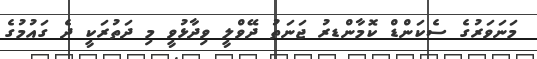
މަނަވަރުގެ ސެކަންޑް ކޮމާންޑރު ޖަނަތު ދޭވްލީ ވިދާޅުވީ މި ދަތުރަކީ ދެ ގައުމުގެ